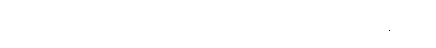
လှူဒါန်းသည့်အဖွဲ့အစည်းကြီးများနှင့်မတူသည်မှာ ဂိတ်စ်သည် ငွေကြေး လှူဒါန်းရာတွင်